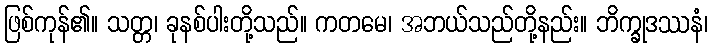
ဖြစ်ကုန်၏။ သတ္တ၊ ခုနစ်ပါးတို့သည်။ ကတမေ၊ အဘယ်သည်တို့နည်း။ ဘိက္ခုဒဿနံ၊